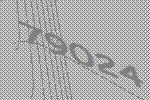
79024